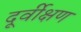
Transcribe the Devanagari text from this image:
दूर्वीक्षण